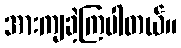
အားကျခဲ့ကြပါတယ်။